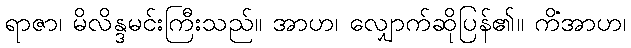
ရာဇာ၊ မိလိန္ဒမင်းကြီးသည်။ အာဟ၊ လျှောက်ဆိုပြန်၏။ ကိံအာဟ၊